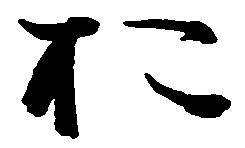
於